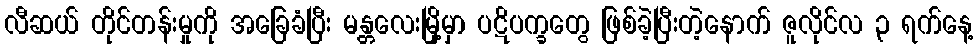
လီဆယ် တိုင်တန်းမှုကို အခြေခံပြီး မန္တလေးမြို့မှာ ပဋိပက္ခတွေ ဖြစ်ခဲ့ပြီးတဲ့နောက် ဇူလိုင်လ ၃ ရက်နေ့